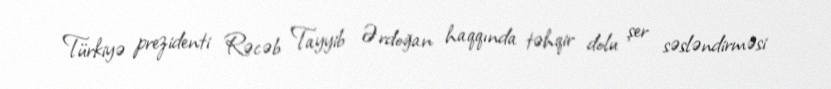
Türkiyə prezidenti Rəcəb Tayyib Ərdoğan haqqında təhqir dolu şer səsləndirməsi